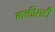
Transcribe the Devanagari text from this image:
व्यक्तीसही